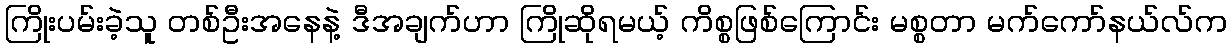
ကြိုးပမ်းခဲ့သူ တစ်ဦးအနေနဲ့ ဒီအချက်ဟာ ကြိုဆိုရမယ့် ကိစ္စဖြစ်ကြောင်း မစ္စတာ မက်ကော်နယ်လ်က